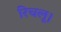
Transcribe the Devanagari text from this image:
रिचलू।